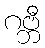
ဂဗ္ဘီ